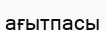
ағытпасы